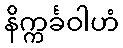
နိက္ကင်္ခဝါဟံ